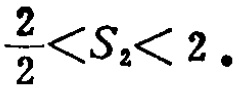
$\frac{2}{2}<S_{2}<2 .$